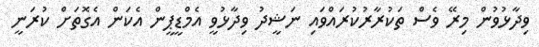
ވިދާޅުވުން މިރޭ ވެސް ތަކުރާރުކުރައްވައި ނަޝީދު ވިދާޅުވީ އެމްޑީޕީން އެކަން އެގޮތަށް ކުރަނީ